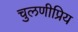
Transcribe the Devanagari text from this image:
चुलणीप्रिय